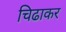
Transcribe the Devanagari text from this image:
चिढाकर